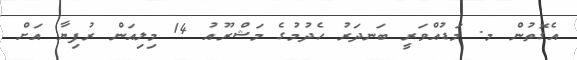
އެގޮތުން މ. މަޑުއްވަރީ ބަނދަރު ހެދުމުގެ މަޝްރޫއު 14 މިލިއަން ރުފިޔާ އަށް